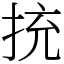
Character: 㧤